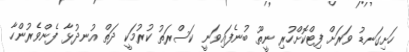
ހަށިގަނޑު ވަރަށް ފިޓްކޮށްހުރި ނީތޫ ބުނެފައިވަނީ ކަސްރަތު ކުރުމަކީ ދަތް އުނދުޅާ ފެންވެރުންހާ